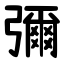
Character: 彌